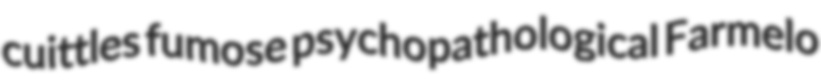
cuittles fumose psychopathological Farmelo